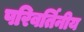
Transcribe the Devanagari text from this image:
परिवर्तिनीय